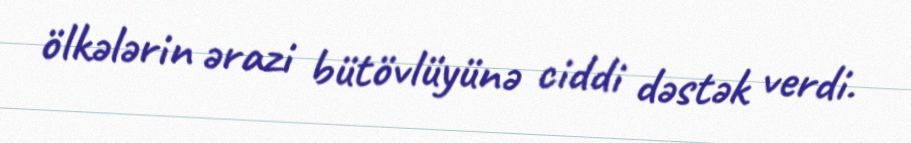
ölkələrin ərazi bütövlüyünə ciddi dəstək verdi.